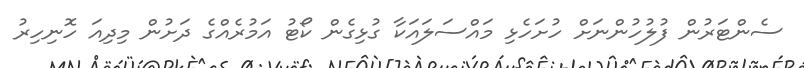
ސެންޓަރުން ފުލުހުންނަށް ހުށަހެޅި މައްސަލައަކާ ގުޅިގެން ކޯޓު އަމުރެއްގެ ދަށުން މިދިއަ ހޮނިހިރު